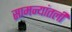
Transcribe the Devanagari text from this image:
सामन्यांतली